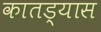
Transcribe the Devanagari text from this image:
कातड्यास